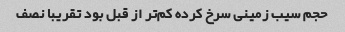
حجم سیب زمینی سرخ کرده کم‌تر از قبل بود تقریبا نصف